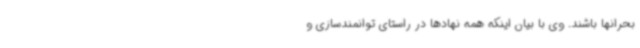
بحرانها باشند. وی با بیان اینکه همه نهادها در راستای توانمندسازی و